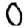
Digit: 0